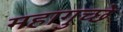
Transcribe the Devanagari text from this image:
महागुच्छे